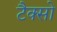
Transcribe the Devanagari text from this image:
टैक्सो